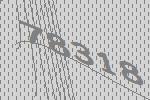
78318